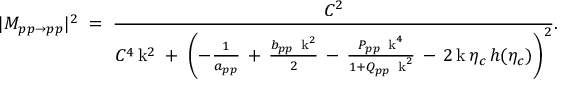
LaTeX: | M _ { p p \rightarrow p p } | ^ { 2 } \; = \; \frac { C ^ { 2 } } { C ^ { 4 } \, \mathrm { k } ^ { 2 } \; + \; \left( - \frac { 1 } { a _ { p p } } \, + \, \frac { b _ { p p } \, \mathrm { \scriptsize ~ k } ^ { 2 } } { 2 } \, - \, \frac { P _ { p p } \, \mathrm { \scriptsize ~ k } ^ { 4 } } { 1 + Q _ { p p } \, \mathrm { \scriptsize ~ k } ^ { 2 } } \, - \, 2 \, \mathrm { k } \, \eta _ { c } \, h ( \eta _ { c } ) \right) ^ { 2 } } .